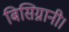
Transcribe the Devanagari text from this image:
बिसिग्नानी।